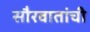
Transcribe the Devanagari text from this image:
सौरवातांची